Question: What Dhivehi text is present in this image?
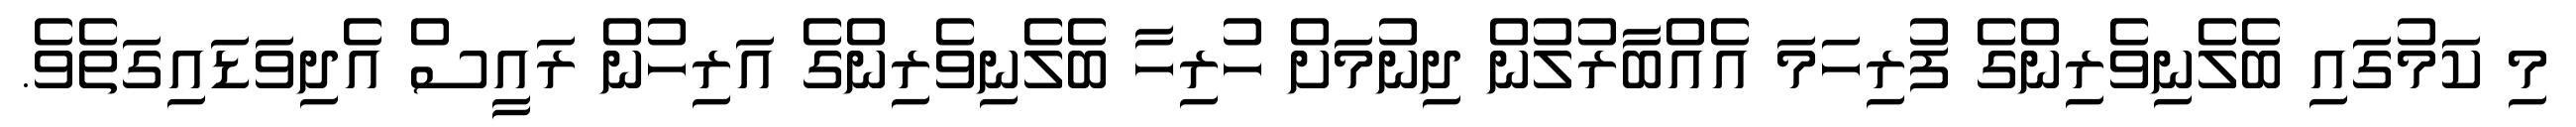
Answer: މި ކަމުގައި ބެލެނިވެރިންގެ ފުރިހަމަ އެއްބާރުލުން ދިނުމަށް ހުރިހާ ބެލެނިވެރިންގެ އަރިހުން ރައީސް އެދިވަޑައިގަތެވެ.